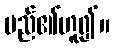
မည်၏ဟူ၍။